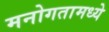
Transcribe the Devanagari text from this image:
मनोगतामध्ये